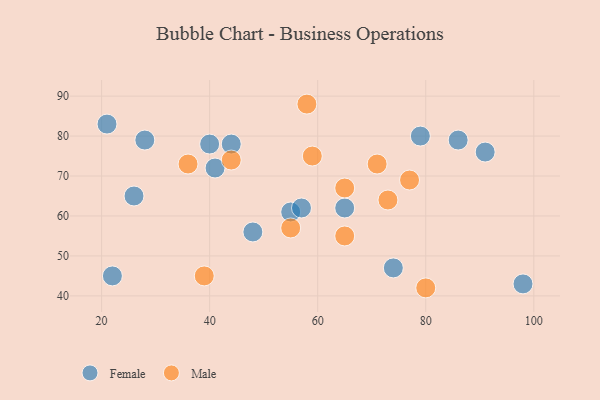
{"axis": {"x": "GDP", "y": "Life Expectancy"}, "legend": ["Female", "Male"], "data": [{"x": "98", "y": 43, "type": "Female"}, {"x": "74", "y": 47, "type": "Female"}, {"x": "40", "y": 78, "type": "Female"}, {"x": "41", "y": 72, "type": "Female"}, {"x": "55", "y": 61, "type": "Female"}, {"x": "91", "y": 76, "type": "Female"}, {"x": "26", "y": 65, "type": "Female"}, {"x": "57", "y": 62, "type": "Female"}, {"x": "79", "y": 80, "type": "Female"}, {"x": "28", "y": 79, "type": "Female"}, {"x": "22", "y": 45, "type": "Female"}, {"x": "21", "y": 83, "type": "Female"}, {"x": "44", "y": 78, "type": "Female"}, {"x": "65", "y": 62, "type": "Female"}, {"x": "86", "y": 79, "type": "Female"}, {"x": "48", "y": 56, "type": "Female"}, {"x": "65", "y": 55, "type": "Male"}, {"x": "39", "y": 45, "type": "Male"}, {"x": "65", "y": 67, "type": "Male"}, {"x": "55", "y": 57, "type": "Male"}, {"x": "59", "y": 75, "type": "Male"}, {"x": "36", "y": 73, "type": "Male"}, {"x": "73", "y": 64, "type": "Male"}, {"x": "44", "y": 74, "type": "Male"}, {"x": "80", "y": 42, "type": "Male"}, {"x": "77", "y": 69, "type": "Male"}, {"x": "71", "y": 73, "type": "Male"}, {"x": "58", "y": 88, "type": "Male"}]}